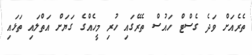
ތެރެއަށް ވަދެ ގެސްޓް ހައުސް ތެރޭގައި ހުރި މީހެއްގެ ގަޔަށް އަތްލައި ތަޅައި